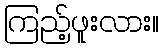
ကြည့်ဖူးလား။